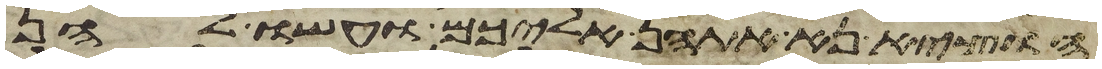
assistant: הוציא נא אתהן אליכם ועשו להן